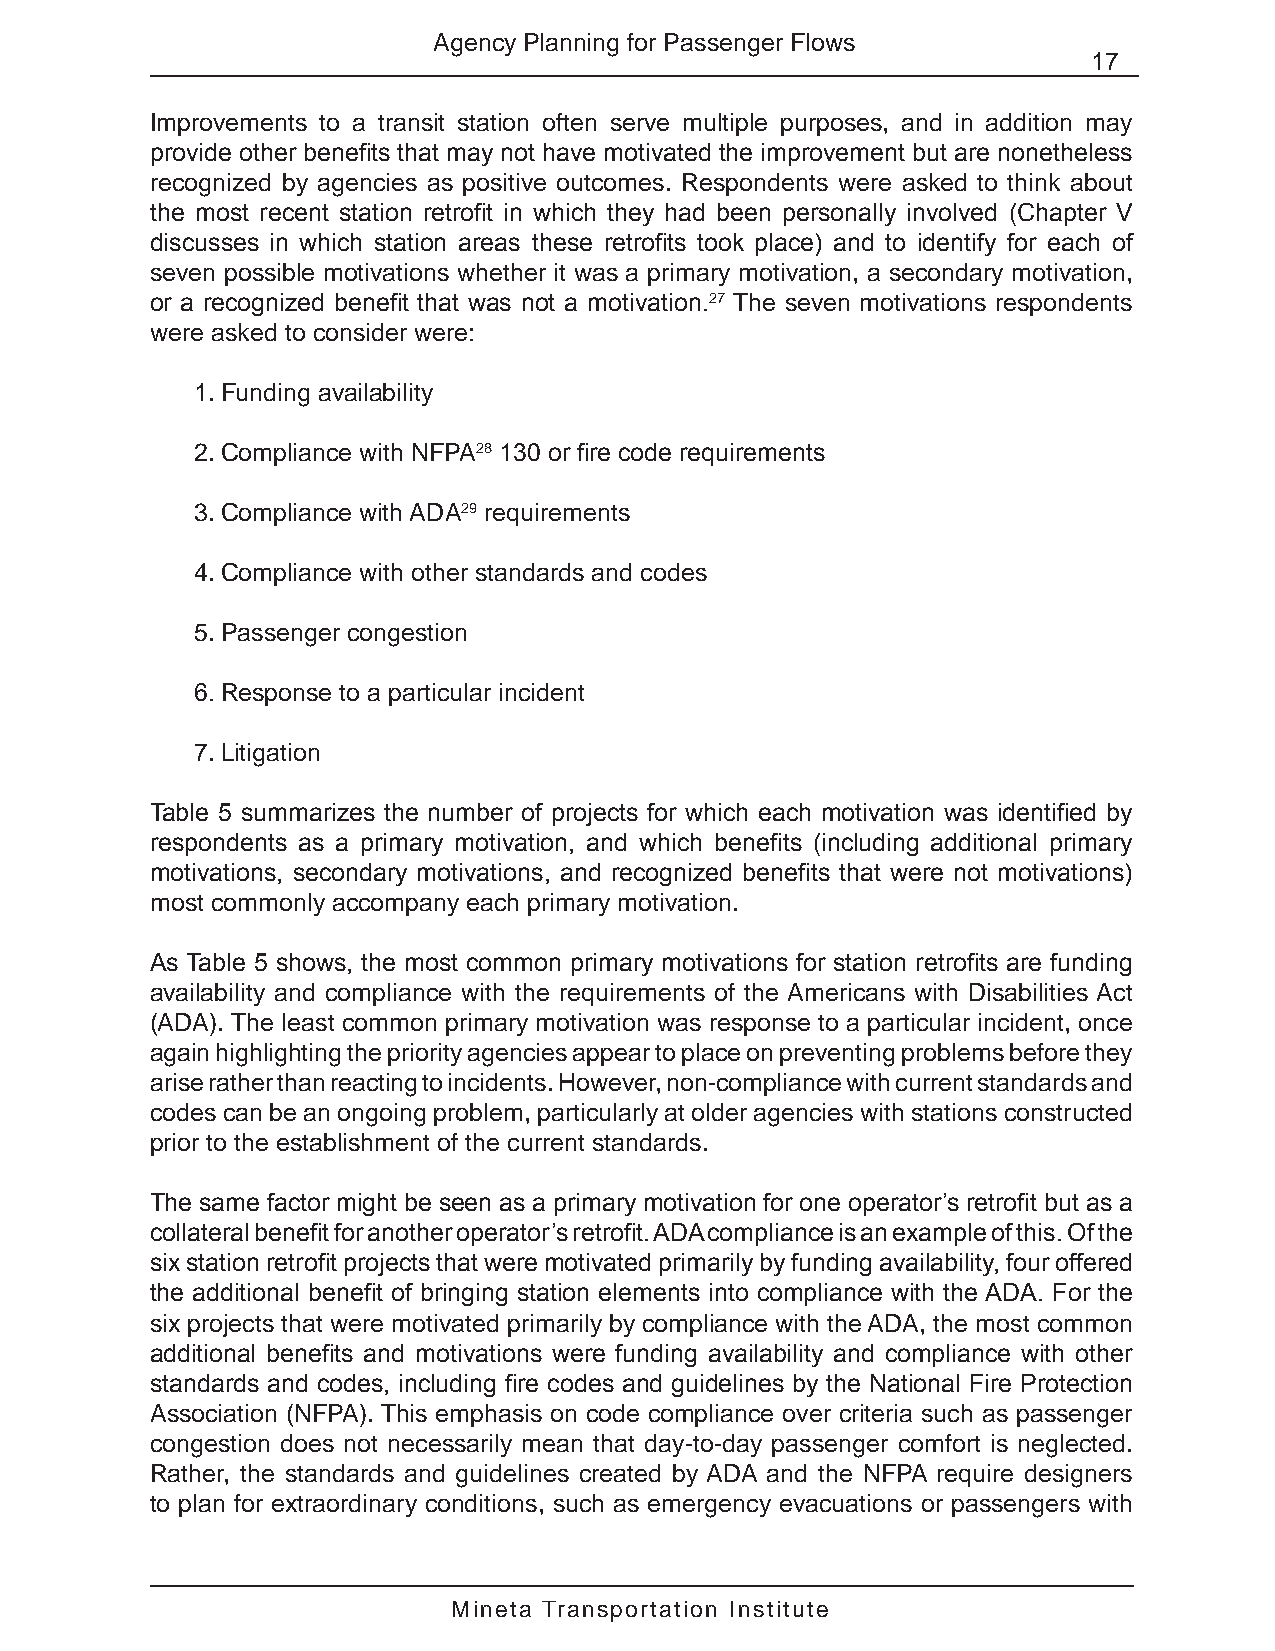
Agency Planning for Passenger Flows
 17
 Improvements to a transit station often serve multiple purposes, and in addition may
 provide other benefits that may not have motivated the improvement but are nonetheless
 recognized by agencies as positive outcomes. Respondents were asked to think about
 the most recent station retrofit in which they had been personally involved (Chapter V
 discusses in which station areas these retrofits took place) and to identify for each of
 seven possible motivations whether it was a primary motivation, a secondary motivation,
 or a recognized benefit that was not a motivation.27 The seven motivations respondents
 were asked to consider were:
 1. Funding availability
 2. Compliance with NFPA28 130 or fire code requirements
 3. Compliance with ADA29 requirements
 4. Compliance with other standards and codes
 5. Passenger congestion
 6. Response to a particular incident
 7. Litigation
 Table 5 summarizes the number of projects for which each motivation was identified by
 respondents as a primary motivation, and which benefits (including additional primary
 motivations, secondary motivations, and recognized benefits that were not motivations)
 most commonly accompany each primary motivation.
 As Table 5 shows, the most common primary motivations for station retrofits are funding
 availability and compliance with the requirements of the Americans with Disabilities Act
 (ADA). The least common primary motivation was response to a particular incident, once
 again highlighting the priority agencies appear to place on preventing problems before they
 arise rather than reacting to incidents. However, non-compliance with current standards and
 codes can be an ongoing problem, particularly at older agencies with stations constructed
 prior to the establishment of the current standards.
 The same factor might be seen as a primary motivation for one operator’s retrofit but as a
 collateral benefit for another operator’s retrofit. ADA compliance is an example of this. Of the
 six station retrofit projects that were motivated primarily by funding availability, four offered
 the additional benefit of bringing station elements into compliance with the ADA. For the
 six projects that were motivated primarily by compliance with the ADA, the most common
 additional benefits and motivations were funding availability and compliance with other
 standards and codes, including fire codes and guidelines by the National Fire Protection
 Association (NFPA). This emphasis on code compliance over criteria such as passenger
 congestion does not necessarily mean that day-to-day passenger comfort is neglected.
 Rather, the standards and guidelines created by ADA and the NFPA require designers
 to plan for extraordinary conditions, such as emergency evacuations or passengers with
 Mineta Transportation Institute